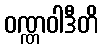
ဝဏ္ဏဝါဒီတိ